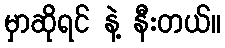
မှာဆိုရင် နဲ့ နီးတယ်။